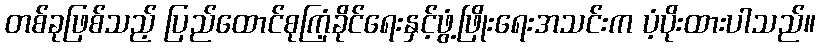
တစ်ခုဖြစ်သည့် ပြည်ထောင်စုကြံ့ခိုင်ရေးနှင့်ဖွံ့ဖြိုးရေးအသင်းက ပံ့ပိုးထားပါသည်။